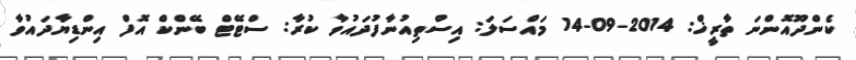
ކެންދޫއޮންނަ ތާރީޚް: 2014-09-14 މައްސަލަ: އިސްތިއުނާފުދައުވާ ކުރާ: ސްޓޭޓް ބޭންކް އޮފް އިންޑިޔާދައުވާ